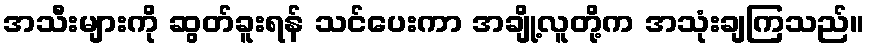
အသီးများကို ဆွတ်ခူးရန် သင်ပေးကာ အချို့လူတို့က အသုံးချကြသည်။